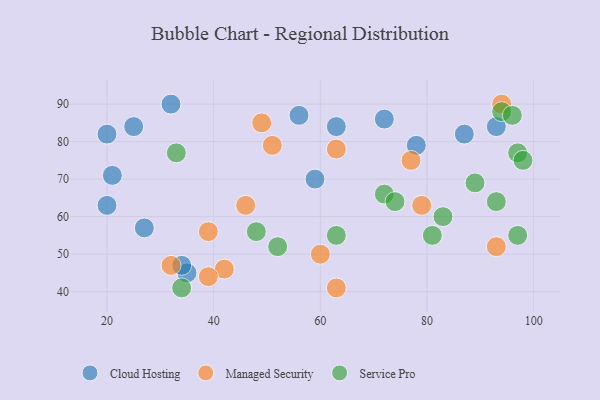
{"axis": {"x": "GDP", "y": "Life Expectancy"}, "legend": ["Cloud Hosting", "Managed Security", "Service Pro"], "data": [{"x": "21", "y": 71, "type": "Cloud Hosting"}, {"x": "35", "y": 45, "type": "Cloud Hosting"}, {"x": "87", "y": 82, "type": "Cloud Hosting"}, {"x": "34", "y": 47, "type": "Cloud Hosting"}, {"x": "93", "y": 84, "type": "Cloud Hosting"}, {"x": "78", "y": 79, "type": "Cloud Hosting"}, {"x": "72", "y": 86, "type": "Cloud Hosting"}, {"x": "20", "y": 82, "type": "Cloud Hosting"}, {"x": "63", "y": 84, "type": "Cloud Hosting"}, {"x": "32", "y": 90, "type": "Cloud Hosting"}, {"x": "59", "y": 70, "type": "Cloud Hosting"}, {"x": "25", "y": 84, "type": "Cloud Hosting"}, {"x": "27", "y": 57, "type": "Cloud Hosting"}, {"x": "56", "y": 87, "type": "Cloud Hosting"}, {"x": "20", "y": 63, "type": "Cloud Hosting"}, {"x": "93", "y": 52, "type": "Managed Security"}, {"x": "63", "y": 78, "type": "Managed Security"}, {"x": "51", "y": 79, "type": "Managed Security"}, {"x": "39", "y": 56, "type": "Managed Security"}, {"x": "49", "y": 85, "type": "Managed Security"}, {"x": "42", "y": 46, "type": "Managed Security"}, {"x": "60", "y": 50, "type": "Managed Security"}, {"x": "77", "y": 75, "type": "Managed Security"}, {"x": "63", "y": 41, "type": "Managed Security"}, {"x": "46", "y": 63, "type": "Managed Security"}, {"x": "79", "y": 63, "type": "Managed Security"}, {"x": "39", "y": 44, "type": "Managed Security"}, {"x": "94", "y": 90, "type": "Managed Security"}, {"x": "32", "y": 47, "type": "Managed Security"}, {"x": "72", "y": 66, "type": "Service Pro"}, {"x": "63", "y": 55, "type": "Service Pro"}, {"x": "94", "y": 88, "type": "Service Pro"}, {"x": "33", "y": 77, "type": "Service Pro"}, {"x": "89", "y": 69, "type": "Service Pro"}, {"x": "97", "y": 77, "type": "Service Pro"}, {"x": "93", "y": 64, "type": "Service Pro"}, {"x": "97", "y": 55, "type": "Service Pro"}, {"x": "74", "y": 64, "type": "Service Pro"}, {"x": "98", "y": 75, "type": "Service Pro"}, {"x": "83", "y": 60, "type": "Service Pro"}, {"x": "52", "y": 52, "type": "Service Pro"}, {"x": "96", "y": 87, "type": "Service Pro"}, {"x": "34", "y": 41, "type": "Service Pro"}, {"x": "81", "y": 55, "type": "Service Pro"}, {"x": "48", "y": 56, "type": "Service Pro"}]}